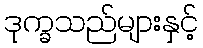
ဒုက္ခသည်များနှင့်